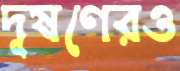
দূষণেরও